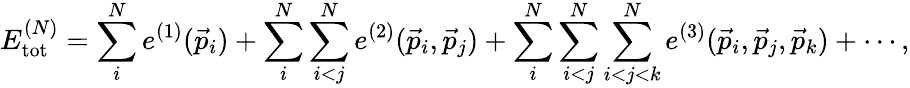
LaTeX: E_{\mathrm{tot}}^{(N)}=\sum_{i}^{N}e^{(1)}(\vec{p}_{i})+\sum_{i}^{N}\sum_{i<j}^{N}e^{(2)}(\vec{p}_{i},\vec{p}_{j})+\sum_{i}^{N}\sum_{i<j}^{N}\sum_{i<j<k}^{N}e^{(3)}(\vec{p}_{i},\vec{p}_{j},\vec{p}_{k})+\cdots,